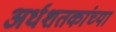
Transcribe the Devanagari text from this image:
अर्धशतकांच्या